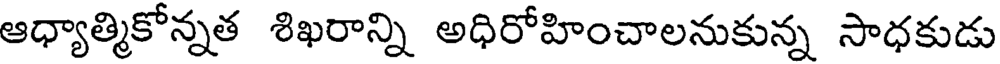
ఆధ్యాత్మికోన్నత శిఖరాన్ని అధిరోహించాలనుకున్న సాధకుడు